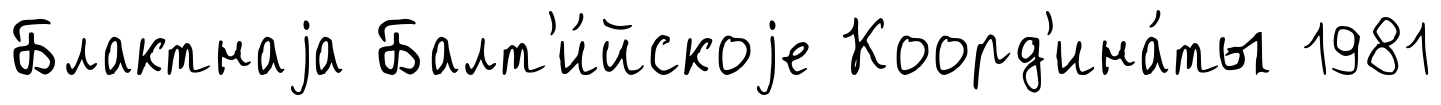
Блактнаjа Балт'и́йскоjе Коорд'ина́ты 1981